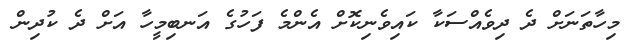
މިހާތަނަށް ދެ ދިވެއްސަކާ ކައިވެނިކޮށް އެންމެ ފަހުގެ އަނބިމީހާ އަށް ދެ ކުދިން